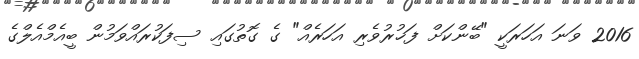
2016 ވަނަ އަހަރަކީ "ބޭންކަށް ފަޚުރުވެރި އަހަރެއް" ގެ ގޮތުގައި ސިފަކުރައްވަމުން ބީއެމްއެލްގެ